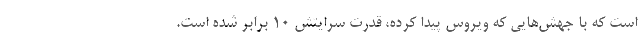
است که با جهش‌هایی که ویروس پیدا کرده، قدرت سرایتش 10 برابر شده است.